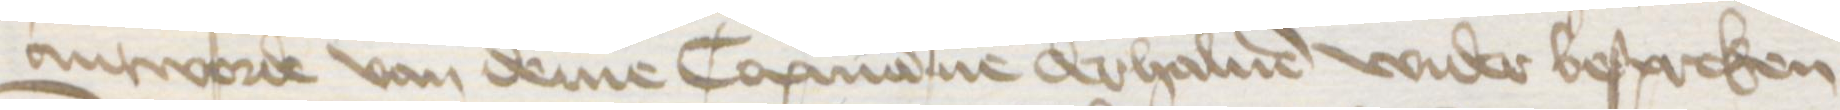
antworde van deme Copmanne derhaluen wider bespreken